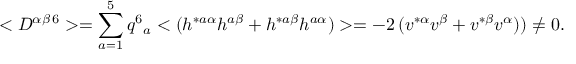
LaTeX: < D ^ { \alpha \beta \, 6 } > = \sum _ { a = 1 } ^ { 5 } q ^ { 6 } { } _ { a } < ( h ^ { * a \alpha } h ^ { a \beta } + h ^ { * a \beta } h ^ { a \alpha } ) > = - 2 \, ( v ^ { * \alpha } v ^ { \beta } + v ^ { * \beta } v ^ { \alpha } ) ) \neq 0 .